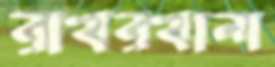
রাখরখানা